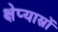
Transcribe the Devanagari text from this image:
क्षेप्यास्रों